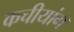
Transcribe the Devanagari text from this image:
कचीयांग